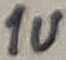
Text: 1u